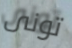
تونى